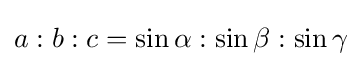
a:b:c=\sin \alpha :\sin \beta :\sin \gamma